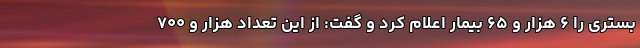
بستری را ۶ هزار و ۶۵ بیمار اعلام کرد و گفت: از این تعداد هزار و ۷۰۰